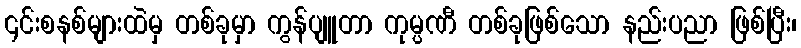
၎င်းစနစ်များထဲမှ တစ်ခုမှာ ကွန်ပျူတာ ကုမ္ပဏီ တစ်ခုဖြစ်သော နည်းပညာ ဖြစ်ပြီး၊